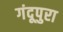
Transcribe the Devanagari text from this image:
गंदूपुरा